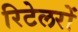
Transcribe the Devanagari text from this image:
रिटेलरों